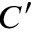
C ^ { \prime }